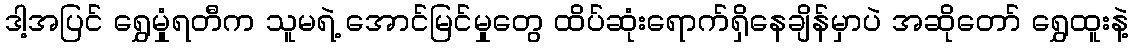
ဒါ့အပြင် ရွှေမှုံရတီက သူမရဲ့ အောင်မြင်မှုတွေ ထိပ်ဆုံးရောက်ရှိနေချိန်မှာပဲ အဆိုတော် ရွှေထူးနဲ့